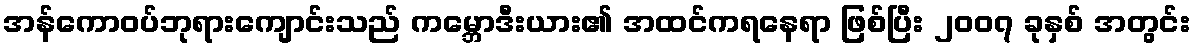
အန်ကောဝပ်ဘုရားကျောင်းသည် ကမ္ဘောဒီးယား၏ အထင်ကရနေရာ ဖြစ်ပြီး ၂၀၀၇ ခုနှစ် အတွင်း